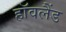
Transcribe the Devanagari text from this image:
हॉवलैंड